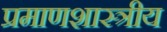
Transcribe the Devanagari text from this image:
प्रमाणशास्त्रीय